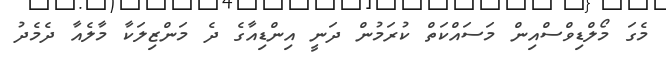
މެގަ މޯލްޑިވްސްއިން މަސައްކަތް ކުރަމުން ދަނީ އިންޑިއާގެ ދެ މަންޒިލަކާ މާލެއާ ދެމެދު